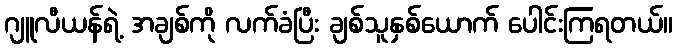
ဂျူလီယန်ရဲ့ အချစ်ကို လက်ခံပြီး ချစ်သူနှစ်ယောက် ပေါင်းကြရတယ်။